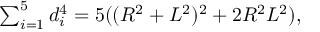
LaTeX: \textstyle \sum _ { i = 1 } ^ { 5 } d _ { i } ^ { 4 } = 5 ( ( R ^ { 2 } + L ^ { 2 } ) ^ { 2 } + 2 R ^ { 2 } L ^ { 2 } ) ,